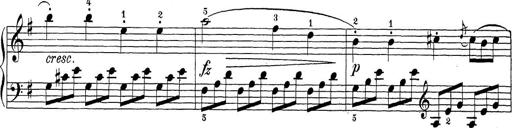
Title: Sonatina Album
Composer: Louis KÃ¶hler